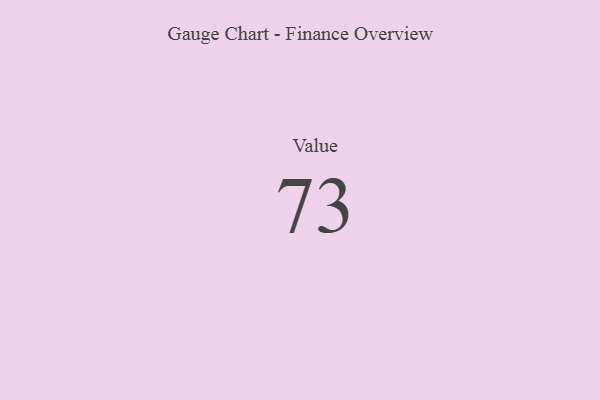
{"axis": {"x": "Metric", "y": "Value"}, "legend": [""], "data": [{"x": "Value", "y": 73, "type": ""}]}